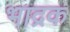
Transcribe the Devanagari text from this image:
भाद्रक